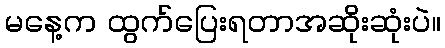
မနေ့က ထွက်ပြေးရတာအဆိုးဆုံးပဲ။